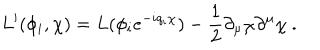
L ^ { \prime } ( \phi _ { i } , \chi ) = L ( \phi _ { i } e ^ { - i q _ { i } \chi } ) - \frac { 1 } { 2 } \partial _ { \mu } \chi \partial ^ { \mu } \chi \ .